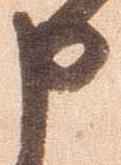
申